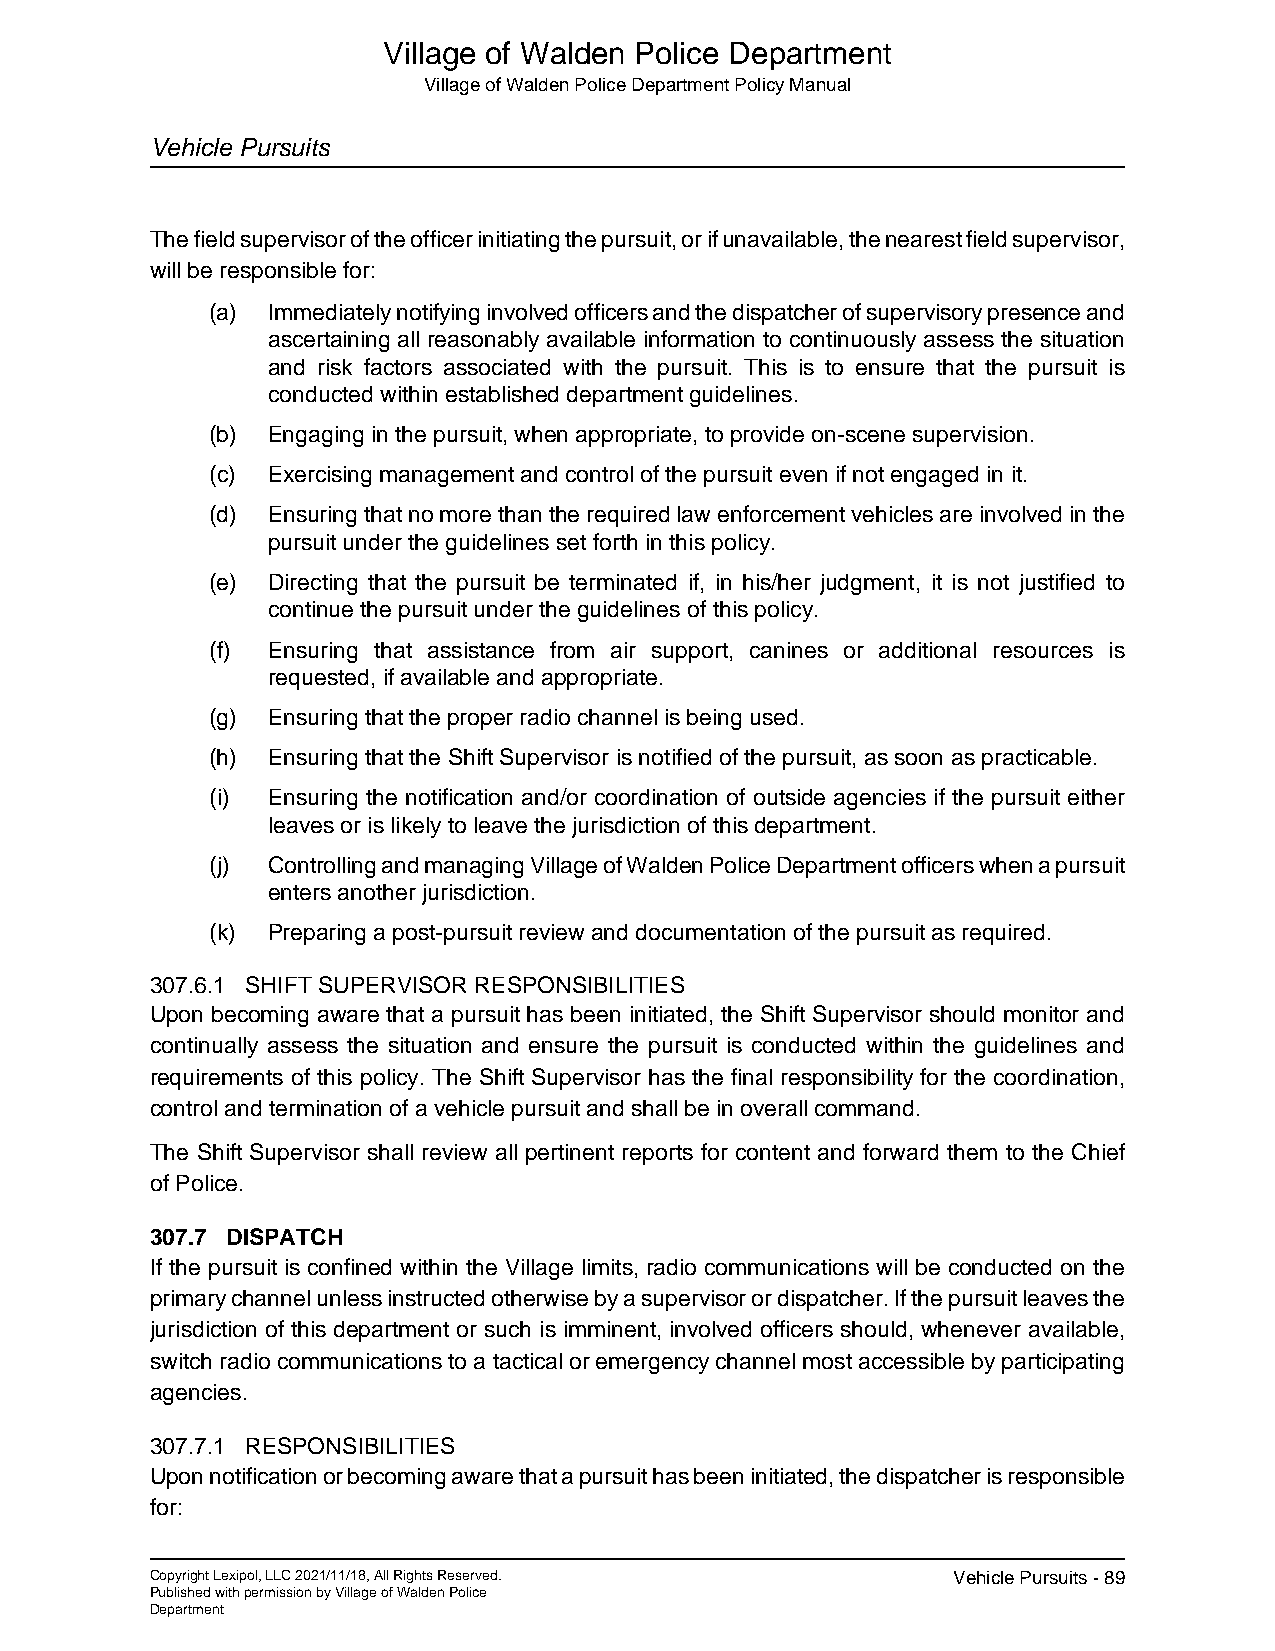
Village of Walden Police Department
 Village of Walden Police Department Policy Manual
 Vehicle Pursuits
 The field supervisor of the officer initiating the pursuit, or if unavailable, the nearest field supervisor,
 will be responsible for:
 (a) Immediately notifying involved officers and the dispatcher of supervisory presence and
 ascertaining all reasonably available information to continuously assess the situation
 and risk factors associated with the pursuit. This is to ensure that the pursuit is
 conducted within established department guidelines.
 (b) Engaging in the pursuit, when appropriate, to provide on-scene supervision.
 (c) Exercising management and control of the pursuit even if not engaged in it.
 (d) Ensuring that no more than the required law enforcement vehicles are involved in the
 pursuit under the guidelines set forth in this policy.
 (e) Directing that the pursuit be terminated if, in his/her judgment, it is not justified to
 continue the pursuit under the guidelines of this policy.
 (f) Ensuring that assistance from air support, canines or additional resources is
 requested, if available and appropriate.
 (g) Ensuring that the proper radio channel is being used.
 (h) Ensuring that the Shift Supervisor is notified of the pursuit, as soon as practicable.
 (i) Ensuring the notification and/or coordination of outside agencies if the pursuit either
 leaves or is likely to leave the jurisdiction of this department.
 (j) Controlling and managing Village of Walden Police Department officers when a pursuit
 enters another jurisdiction.
 (k) Preparing a post-pursuit review and documentation of the pursuit as required.
 307.6.1 SHIFT SUPERVISOR RESPONSIBILITIES
 Upon becoming aware that a pursuit has been initiated, the Shift Supervisor should monitor and
 continually assess the situation and ensure the pursuit is conducted within the guidelines and
 requirements of this policy. The Shift Supervisor has the final responsibility for the coordination,
 control and termination of a vehicle pursuit and shall be in overall command.
 The Shift Supervisor shall review all pertinent reports for content and forward them to the Chief
 of Police.
 307.7 DISPATCH
 If the pursuit is confined within the Village limits, radio communications will be conducted on the
 primary channel unless instructed otherwise by a supervisor or dispatcher. If the pursuit leaves the
 jurisdiction of this department or such is imminent, involved officers should, whenever available,
 switch radio communications to a tactical or emergency channel most accessible by participating
 agencies.
 307.7.1 RESPONSIBILITIES
 Upon notification or becoming aware that a pursuit has been initiated, the dispatcher is responsible
 for:
 Copyright Lexipol, LLC 2021/11/18, All Rights Reserved. Vehicle Pursuits - 89
 Published with permission by Village of Walden Police
 Department